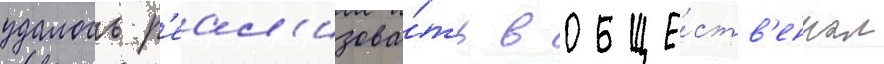
удалось р'еал'изова́ть в обще́ств'енном